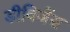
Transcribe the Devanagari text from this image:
डीविजेंस